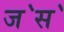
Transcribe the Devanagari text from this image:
ज॓स॓